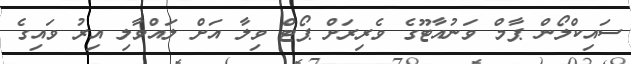
ސައިކްލޯން ޕާމް ވަނުއާޓޫގެ ވެރިރަށް ޕޯޓް ވިލާ އަށް ލައްވާލި އިރު ވައިގެ